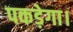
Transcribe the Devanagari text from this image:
पकड़ेगा।